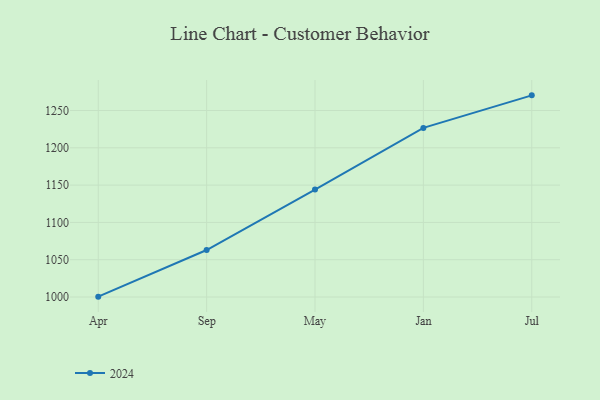
{"axis": {"x": "Month", "y": "Revenue (USD Million)"}, "legend": ["2024"], "data": [{"x": "Apr", "y": 1000.5, "type": "2024"}, {"x": "Sep", "y": 1063.0, "type": "2024"}, {"x": "May", "y": 1144.0, "type": "2024"}, {"x": "Jan", "y": 1226.7, "type": "2024"}, {"x": "Jul", "y": 1270.3, "type": "2024"}]}